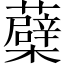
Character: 蘗